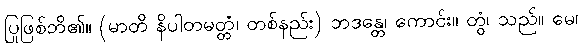
ပြုဖြစ်ဘိ၏။ (မာတိ နိပါတမတ္တံ၊ တစ်နည်း) ဘဒန္တေ၊ ကောင်း။ တွံ၊ သည်။ မေ၊